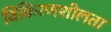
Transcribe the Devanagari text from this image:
विकिरणशीलता